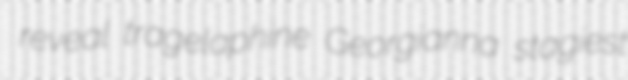
reveal tragelaphine Georgianna stagiest